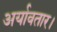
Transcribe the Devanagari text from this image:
अर्यावतार।